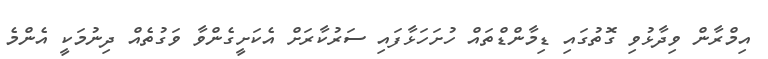
އިމްރާން ވިދާޅުވި ގޮތުގައި ޑިމާންޑްތައް ހުށަހަޅާފައި ސަރުކާރަށް އެކަށީގެންވާ ވަގުތެއް ދިނުމަކީ އެންމެ